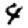
Digit: 4